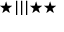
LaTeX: \bigstar | | | \bigstar \bigstar